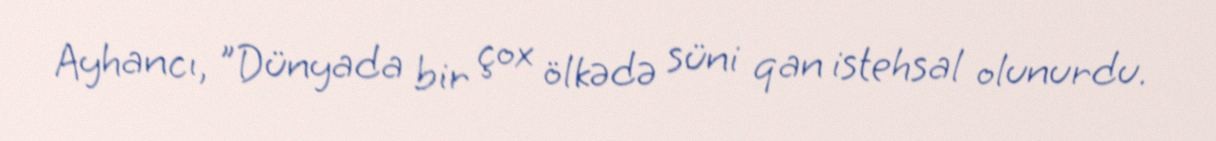
Ayhancı, "Dünyada bir çox ölkədə süni qan istehsal olunurdu.